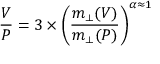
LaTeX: \frac { V } { P } = 3 \times \left( \frac { m _ { \perp } ( V ) } { m _ { \perp } ( P ) } \right) ^ { \alpha \approx 1 }